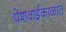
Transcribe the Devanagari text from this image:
पेशवाईकाळात